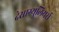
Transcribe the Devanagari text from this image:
देसाग्युलियर्स